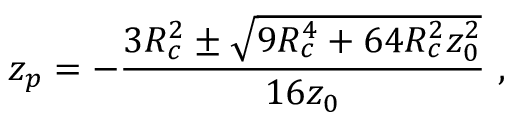
z _ { p } = - \frac { 3 R _ { c } ^ { 2 } \pm \sqrt { 9 R _ { c } ^ { 4 } + 6 4 R _ { c } ^ { 2 } z _ { 0 } ^ { 2 } } } { 1 6 z _ { 0 } } \, \, ,